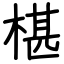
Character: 椹